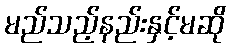
မည်သည့်နည်းနှင့်မဆို